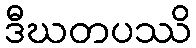
ဒီဃတပဿိ